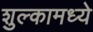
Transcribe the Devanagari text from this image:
शुल्कामध्ये